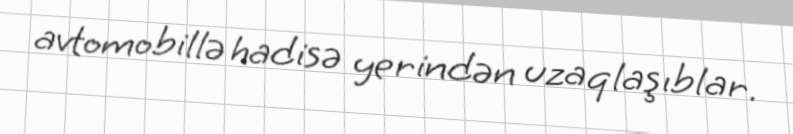
avtomobillə hadisə yerindən uzaqlaşıblar.